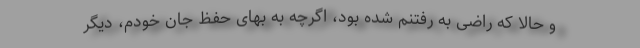
و حالا که راضی به رفتنم شده بود، اگرچه به بهای حفظ جان خودم، دیگر